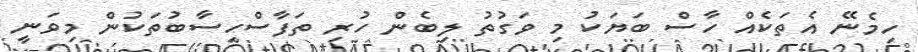
ހިމެނޭ އެތަކެއް ހާސް ބަޔަކު މި ވަގުތު ލިބެން ހުރި ތަފާސްހިސާބުތަކުން މިވަނީ